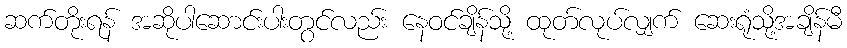
ဆက်တိုးရန် အဆိုပါဆောင်းပါးတွင်လည်း နေဝင်ချိန်သို့ ထုတ်လုပ်လျှက် ဆေးရုံသို့အချိန်မီ